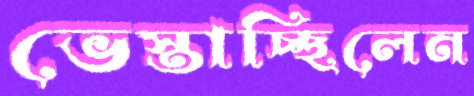
ভেস্তাচ্ছিলেন